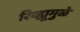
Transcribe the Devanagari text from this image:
रिव्ह्यूमुळे